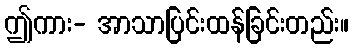
ဤကား- အာသာပြင်းထန်ခြင်းတည်း။